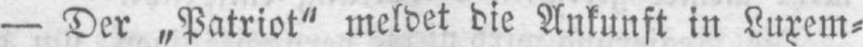
- Der „Patriot“ meldet die Ankunft in Luxem⸗